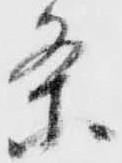
条